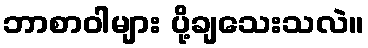
ဘာစာဝါများ ပို့ချသေးသလဲ။